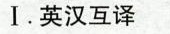
I.英汉互译